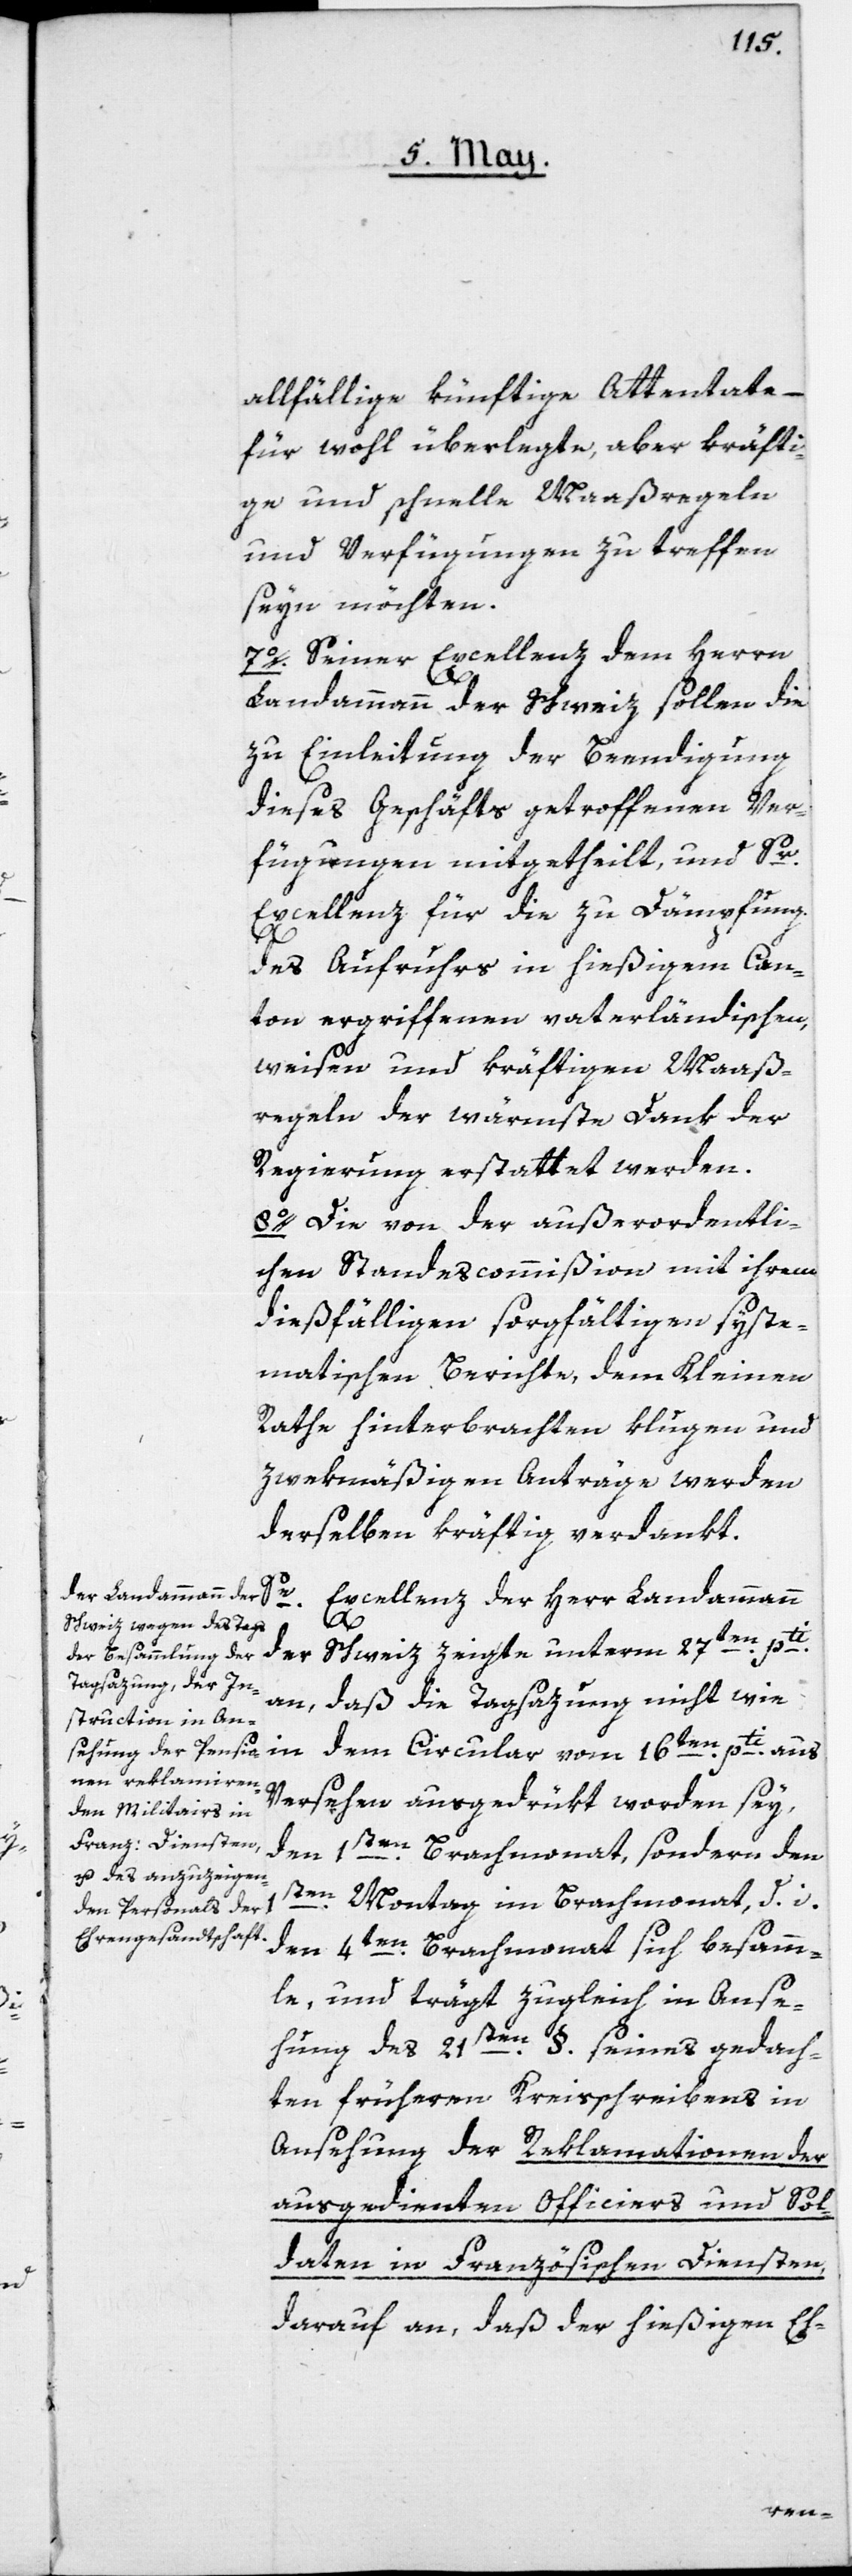
allfällige künftige Attentate,
für wohl überlegte, aber kräfti¬
ge und schnelle Maaßregeln
und Verfügungen zu treffen
seyn möchten.
7o. Seiner Excellenz dem Herrn
Landammann der Schweiz sollen die
zu Einleitung der Beendigung
dieses Geschäfts getroffenen Ver¬
fügungen mitgetheilt, und Sr
Excellenz für die zu Dämpfung
des Aufruhrs in hießigem Can¬
ton ergriffenen vaterländischen,
weisen und kräftigen Maaß¬
regeln der wärmste Dank der
Regierung erstattet werden.
8o. Die von der außerordentli¬
chen Standescommißion mit ihrem
dießfälligen sorgfältigen syste¬
matischen Berichte, dem Kleinen
Rathe hinterbrachten klugen und
zwekmäßigen Anträge werden
derselben kräftig verdankt.
Excellenz der Herr Landammann
en pti
Schweiz zeigte unterm 27t¬
der
an, daß die Tagsazung nicht wie
in dem Circular vom 16ten pti aus
Versehen ausgedrükt worden sey,
den
1sten Brachmonat, sondern den
1sten
Montag im Brachmonat, d. i.
den 4ten Brachmonat sich besamm¬
le, und trägt zugleich in Anse¬
hung des 21sten § seines gedach¬
ten früheren Kreisschreibens in
Ansehung der Reklamationen der
ausgedienten Officiers und Sol¬
daten in Französischen Diensten,
darauf an, daß der hießigen Eh-